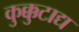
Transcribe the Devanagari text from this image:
कुक्कुटाद्य